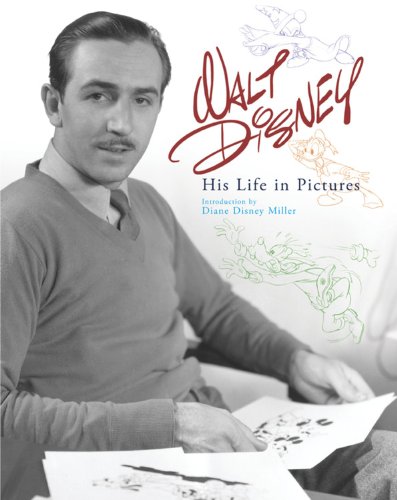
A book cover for Walt Disney: His Life in Pictures; Diane Miller; Children's Books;